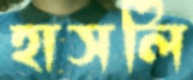
হাসলি